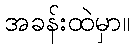
အခန်းထဲမှာ။